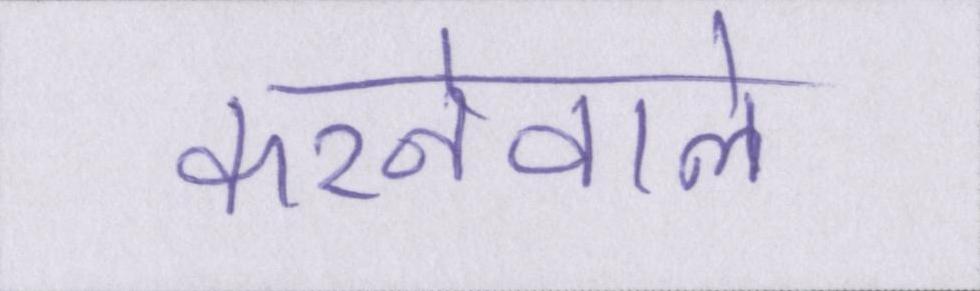
करनेवाले